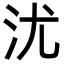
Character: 沋